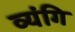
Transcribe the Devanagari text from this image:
व्यंगि